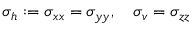
\sigma _ { h } : = \sigma _ { x x } = \sigma _ { y y } , \quad \sigma _ { v } = \sigma _ { z z }